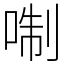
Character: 𠶜